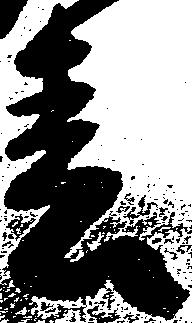
春